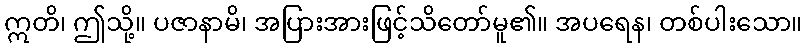
ဣတိ၊ ဤသို့။ ပဇာနာမိ၊ အပြားအားဖြင့်သိတော်မူ၏။ အပရေန၊ တစ်ပါးသော။